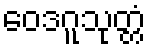
ဝေဒဂူသုတ္တံ